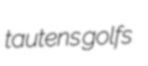
tautens golfs